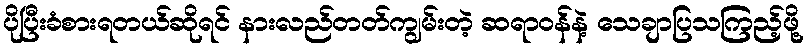
ပိုပြီးခံစားရတယ်ဆိုရင် နားလည်တတ်ကျွမ်းတဲ့ ဆရာဝန်နဲ့ သေချာပြသကြည့်ဖို့